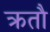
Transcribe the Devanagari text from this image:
क्रतौ